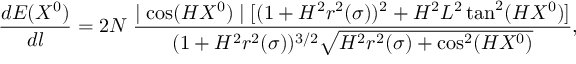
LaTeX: \frac { d E ( X ^ { 0 } ) } { d l } = 2 N \; \frac { \mid \cos ( H X ^ { 0 } ) \mid [ ( 1 + H ^ { 2 } r ^ { 2 } ( \sigma ) ) ^ { 2 } + H ^ { 2 } L ^ { 2 } \tan ^ { 2 } ( H X ^ { 0 } ) ] } { ( 1 + H ^ { 2 } r ^ { 2 } ( \sigma ) ) ^ { 3 / 2 } \sqrt { H ^ { 2 } r ^ { 2 } ( \sigma ) + \cos ^ { 2 } ( H X ^ { 0 } ) } } ,